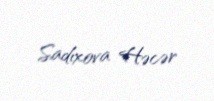
Sadıxova Həcər